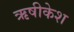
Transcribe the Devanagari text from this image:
ऋषीकेश